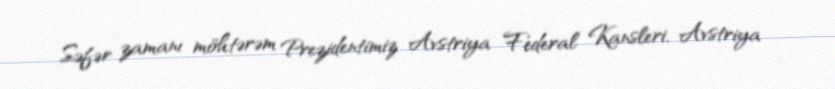
Səfər zamanı möhtərəm Prezidentimiz Avstriya Federal Kansleri, Avstriya